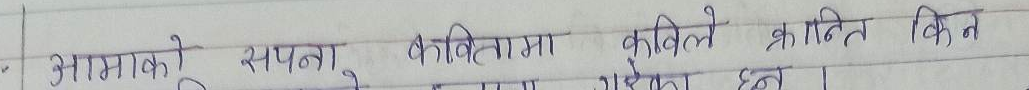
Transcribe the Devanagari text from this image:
आमाको सपना, कवितामा कविले क्रान्ति किन गरेका छन्।